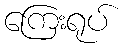
ကြေးရုပ်